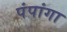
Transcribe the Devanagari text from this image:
पंपांगा